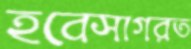
হবেসাগরত